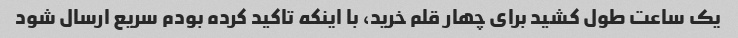
یک ساعت طول کشید برای چهار قلم خرید، با اینکه تاکید کرده بودم سریع ارسال شود